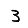
Digit: 3